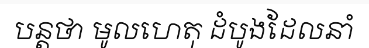
បន្តថា មូលហេតុ ដំបូងដែលនាំ